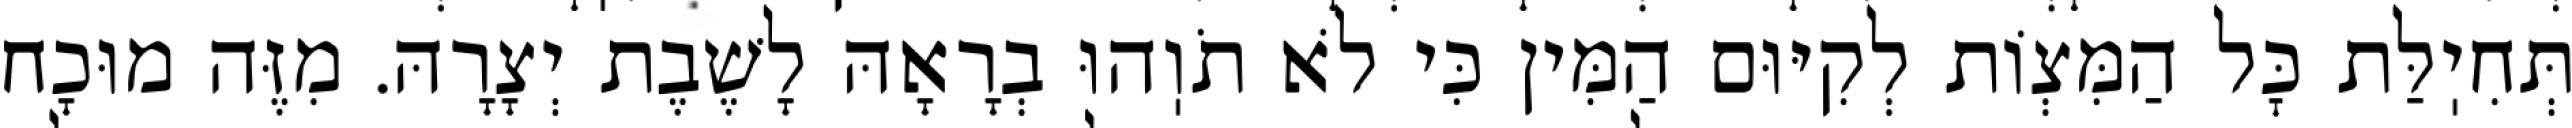
תְּחִיֽלַּת כׇּל הַמִּצְוֹת לְקִיּוּם הַמִּין כִּי לֹא תֹוֽהוּ בְרָאָהּ לָשֶׁבֶת יְצָרָהּ. מִזֶּה מוּכָח